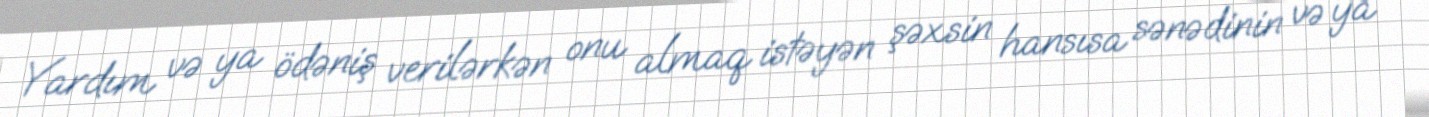
Yardım və ya ödəniş verilərkən onu almaq istəyən şəxsin hansısa sənədinin və ya